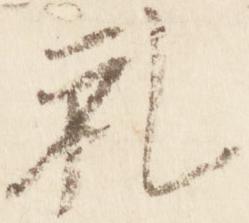
礼